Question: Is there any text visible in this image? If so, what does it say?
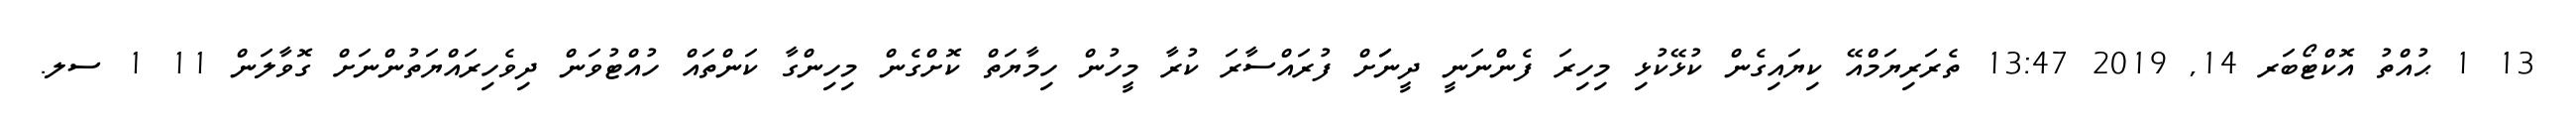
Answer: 13 1 ޙުއްތު އޮކްޓޯބަރ 14, 2019 13:47 ތެރަރިޔަމްއޭ ކިޔައިގެން ކުޅޭކުޅި މިހިރަ ފެންނަނީ ދީނަަށް ފުރައްސާރަ ކުރާ މީހުން ހިމާޔަތް ކޮށްގެން މިހިންގާ ކަންތައް ހުއްޓުވަން ދިވެހިރައްޔަތުންނަށް ގޮވާލަން 11 1 ސލ.